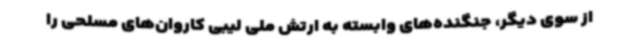
از سوی دیگر، جنگنده‌های وابسته به ارتش ملی لیبی کاروان‌های مسلحی را